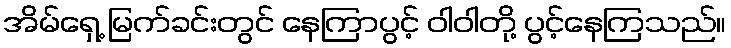
အိမ်ရှေ့ မြက်ခင်းတွင် နေကြာပွင့် ဝါဝါတို့ ပွင့်နေကြသည်။